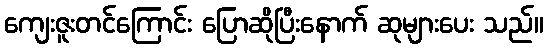
ကျေးဇူးတင်ကြောင်း ပြောဆိုပြီးနောက် ဆုများပေး သည်။